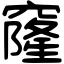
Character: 窿